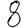
Digit: 8